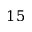
1 5